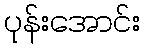
ပုန်းအောင်း